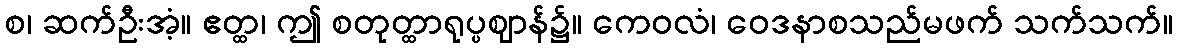
စ၊ ဆက်ဦးအံ့။ ဧတ္ထ၊ ဤ စတုတ္ထာရုပ္ပဈာန်၌။ ကေဝလံ၊ ဝေဒနာစသည်မဖက် သက်သက်။